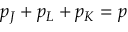
p _ { J } + p _ { L } + p _ { K } = p